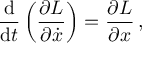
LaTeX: { \frac { \mathrm { d } } { \mathrm { d } t } } \left( { \frac { \partial L } { \partial { \dot { x } } } } \right) = { \frac { \partial L } { \partial x } } \, ,